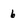
Character: 6